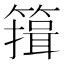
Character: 䉗